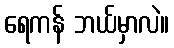
ရေကန် ဘယ်မှာလဲ။